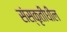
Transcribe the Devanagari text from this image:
संस्कृतीधील